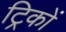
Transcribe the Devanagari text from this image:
ट्रिकों